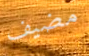
مضيف